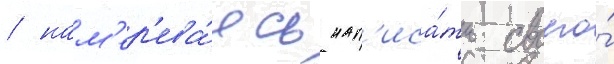
/ нам'ер'ева́ясь нап'иса́ть своего́